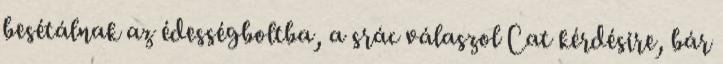
besétálnak az édességboltba, a srác válaszol Cat kérdésire, bár